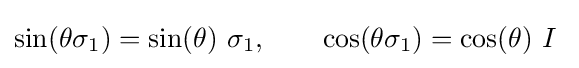
\sin(\theta \sigma _{1})=\sin(\theta )~\sigma _{1},\qquad \cos(\theta \sigma _{1})=\cos(\theta )~I~